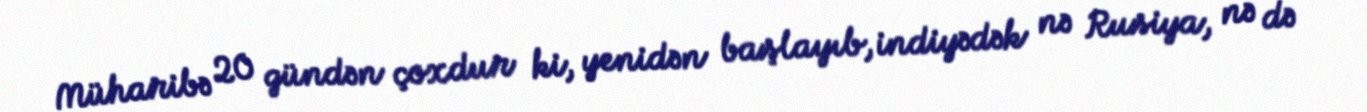
Müharibə 20 gündən çoxdur ki, yenidən başlayıb, indiyədək nə Rusiya, nə də